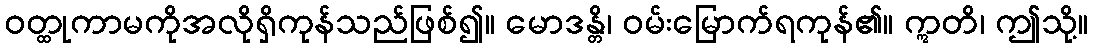
ဝတ္ထုကာမကိုအလိုရှိကုန်သည်ဖြစ်၍။ မောဒန္တိ၊ ဝမ်းမြောက်ရကုန်၏။ ဣတိ၊ ဤသို့။